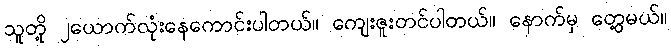
သူတို့ ၂ယောက်လုံးနေကောင်းပါတယ်။ ကျေးဇူးတင်ပါတယ်။ နောက်မှ တွေ့မယ်။